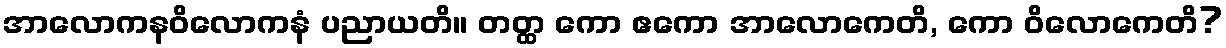
အာလောကနဝိလောကနံ ပညာယတိ။ တတ္ထ ကော ဧကော အာလောကေတိ, ကော ဝိလောကေတိ?